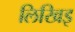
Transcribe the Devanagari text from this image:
लिखिइ